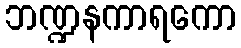
ဘဏ္ဍနကာရကော